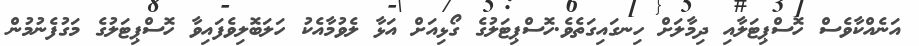
އަނެއްކާވެސް ހޮސްޕިޓަލާއި ދިމާލަށް ހިނގައިގަތެވެ.ހޮސްޕިޓަލުގެ ގޯޅިއަށް އަޅާ ލެވުމާއެކު ހަލަބޮލިވެފައިވާ ހޮސްޕިޓަލުގެ މަގުފެނުމުން